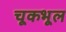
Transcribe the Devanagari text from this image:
चूकभूल